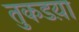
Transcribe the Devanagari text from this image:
तुकडय़ा